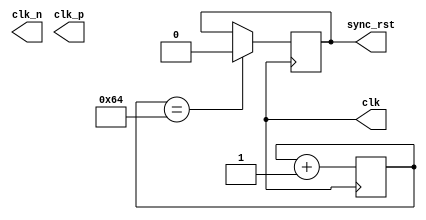
module clk_gen(
    clk,
    clk_n,
    clk_p,
    sync_rst
    );
    parameter CLOCK_PERIOD = 5;
    parameter INITIAL_RESET_CLOCK_CYCLES = 100;
    parameter RESET_POLARITY = 1;
    output reg clk;
    output reg clk_n;
    output reg clk_p;
    output reg sync_rst;
    reg rst_trigger;
    reg [15:0] rst_counter;
    initial
    begin
      clk   = 1'b0;
      clk_n = 1'b1;
      clk_p = 1'b0;
      rst_trigger = 1'b0;
      rst_counter = 1'b0;
      sync_rst   = (RESET_POLARITY == 0) ? 1'b0 : 1'b1;
    end
    
    always #(CLOCK_PERIOD/2.0) clk <= ~clk;
    always #(CLOCK_PERIOD/2.0) clk_p <= ~clk_p;
    always #(CLOCK_PERIOD/2.0) clk_n  <= ~clk_n;
    
    always@(posedge clk)
    begin
       rst_counter <= rst_counter + 1;
    end
    
    always@(posedge clk)
    begin
      if (rst_counter == INITIAL_RESET_CLOCK_CYCLES)
      begin
         sync_rst <= (RESET_POLARITY == 0) ? 1'b1 : 1'b0;
      end
    end
endmodule